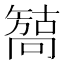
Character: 𰈳